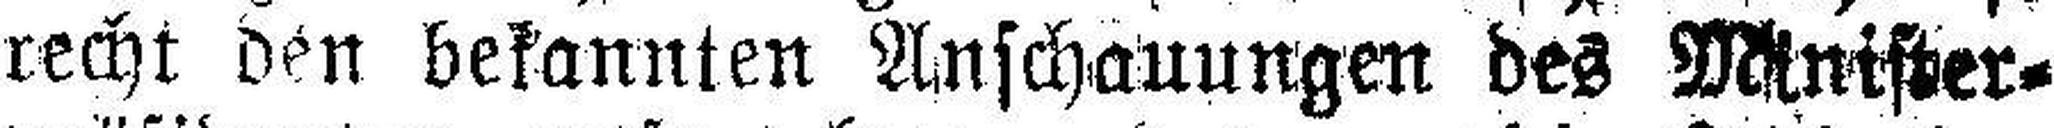
recht den bekannten Anschauungen des Minister¬